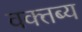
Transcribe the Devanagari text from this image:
वक्‍तब्‍य